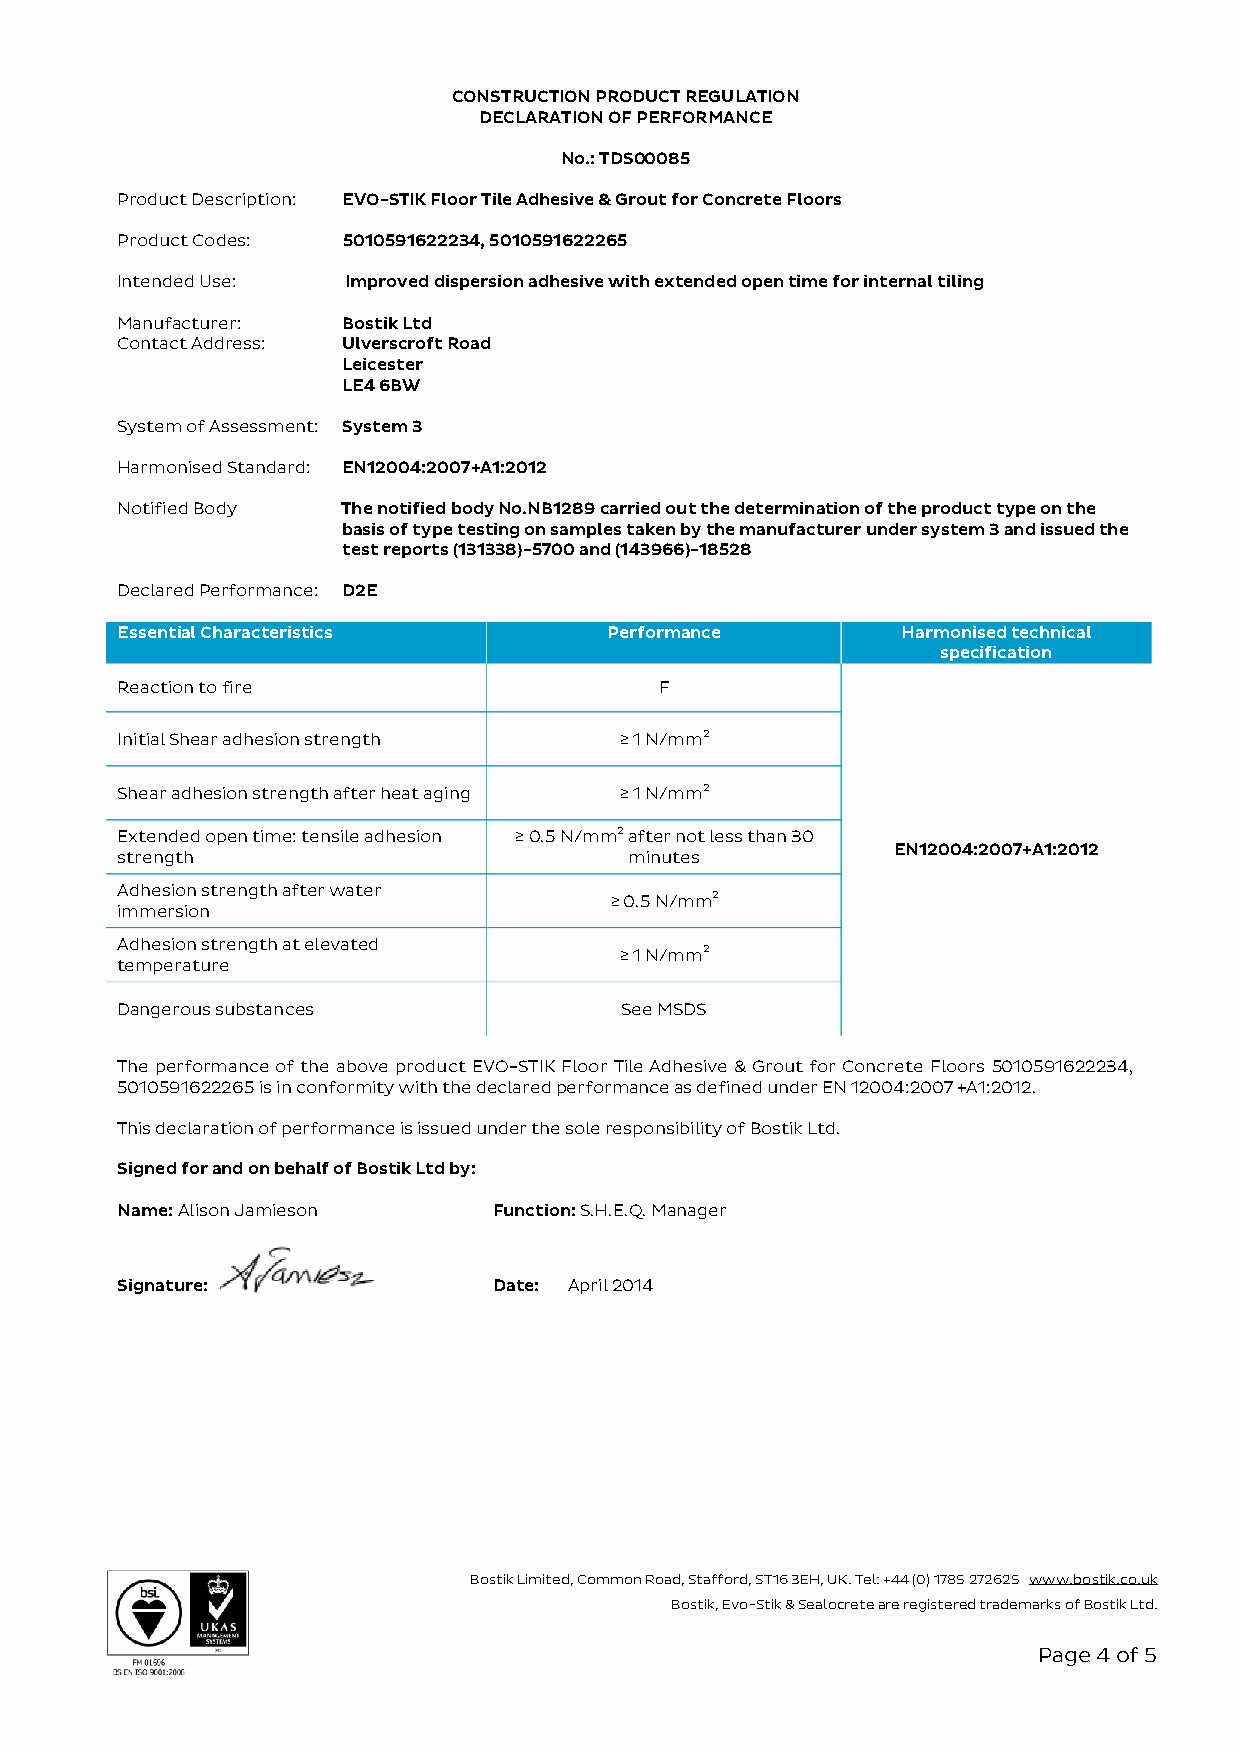
CONSTRUCTION PRODUCT REGULATION
 DECLARATION OF PERFORMANCE
 No.: TDS00085
 Product Description: EVO-STIK Floor Tile Adhesive & Grout for Concrete Floors
 Product Codes: 5010591622234, 5010591622265
 Intended Use:  Improved dispersion adhesive with extended open time for internal tiling
 Manufacturer:  Bostik Ltd
 Contact Address: Ulverscroft Road
 Leicester
 LE4 6BW
 System of Assessment: System 3
 Harmonised Standard: EN12004:2007+A1:2012
 Notified Body  The notified body No.NB1289 carried out the determination of the product type on the
 basis of type testing on samples taken by the manufacturer under system 3 and issued the
 test reports (131338)-5700 and (143966)-18528
 Declared Performance: D2E
 Essential Characteristics       Performance         Harmonised technical
 specification
 Reaction to fire                    F
 Initial Shear adhesion strength  ≥ 1 N/mm2
 Shear adhesion strength after heat aging ≥ 1 N/mm2
 Extended open time: tensile adhesion ≥ 0.5 N/mm2 after not less than 30
 EN12004:2007+A1:2012
 strength                          minutes
 Adhesion strength after water
 ≥ 0.5 N/mm2
 immersion
 Adhesion strength at elevated
 ≥ 1 N/mm2
 temperature
 Dangerous substances             See MSDS
 The performance of the above product EVO-STIK Floor Tile Adhesive & Grout for Concrete Floors 5010591622234,
 5010591622265 is in conformity with the declared performance as defined under EN 12004:2007 +A1:2012.
 This declaration of performance is issued under the sole responsibility of Bostik Ltd.
 Signed for and on behalf of Bostik Ltd by:
 Name: Alison Jamieson    Function: S.H.E.Q. Manager
 Signature:               Date: April 2014
 Bostik Limited, Common Road, Stafford, ST16 3EH, UK. Tel: +44 (0) 1785 272625 www.bostik.co.uk
 Bostik, Evo-Stik & Sealocrete are registered trademarks of Bostik Ltd.
 Page 4 of 5